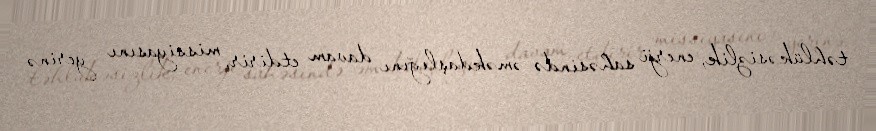
təhlükəsizlik, enerji sahəsində əməkdaşlığını davam etdirir, missiyasını yerinə